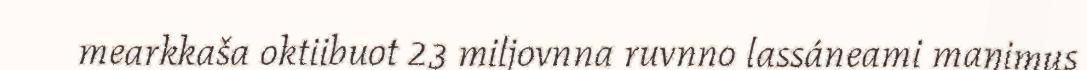
mearkkaša oktiibuot 23 miljovnna ruvnno lassáneami maŋimus